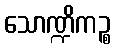
သောဏ္ဍိကဉ္စ